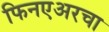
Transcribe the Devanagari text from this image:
फिनएअरचा